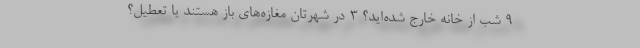
9 شب از خانه خارج شده‌اید؟ 3-در شهرتان مغازه‌های باز هستند یا تعطیل؟